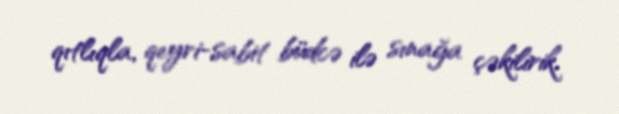
qıtlıqla, qeyri-sabit büdcə ilə sınağa çəkilirik.